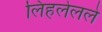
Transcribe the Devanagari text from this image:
लिहलेलले